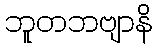
ဘူတဘဗျာနိ